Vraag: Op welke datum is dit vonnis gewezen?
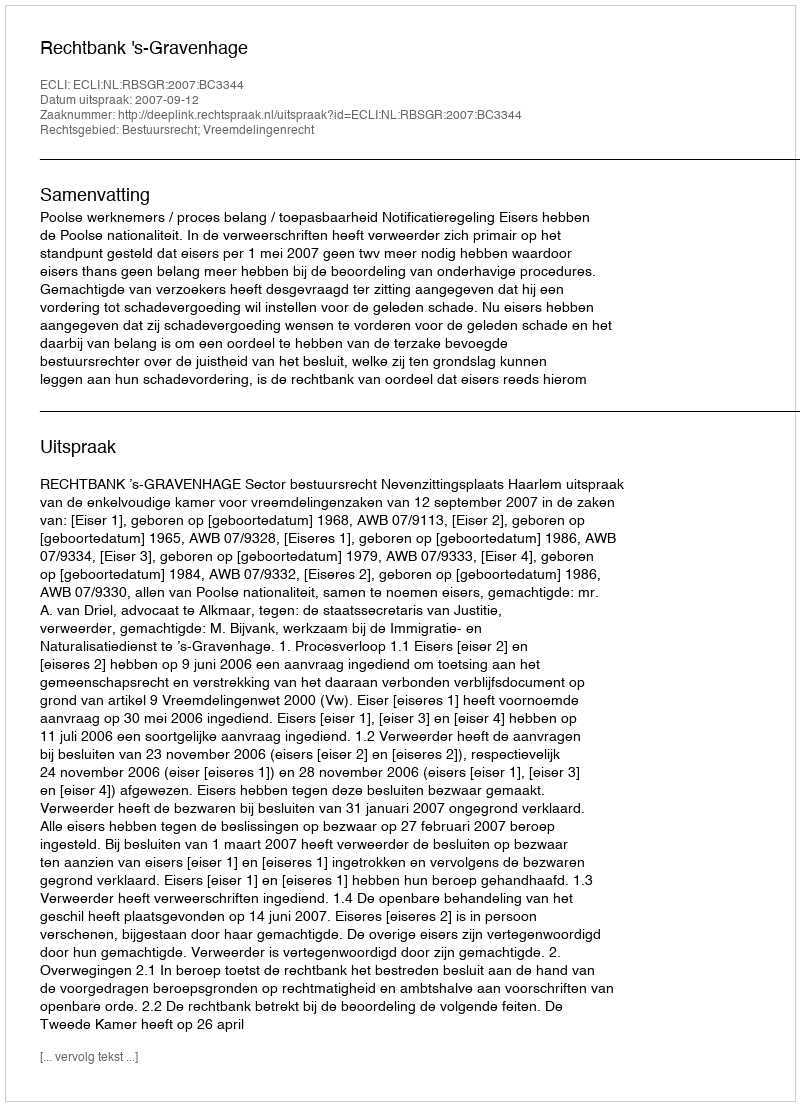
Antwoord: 2007-09-12